Indian journal of veterinary science and animal husbandry - Volume 2,
Year: 1932
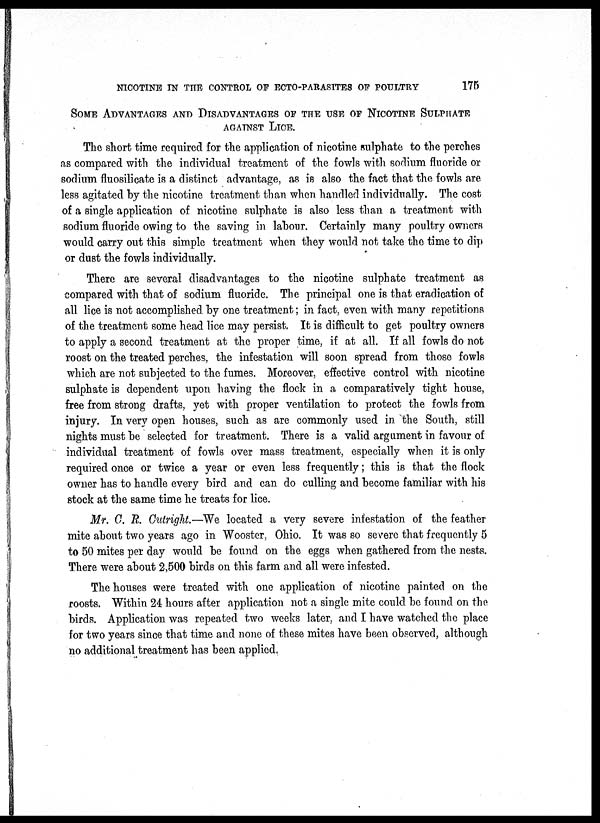
NICOTINE IN THE CONTROL OF ECTO-PARASITES OF POULTRY
175
SOME ADVANTGES AND DISADVANTAGES OF THE USE OF NICOTINE SULPHATE
AGAINST LICE.
The short time required for the application of nicotine sulphate to the perches
as compared with the individual treatment of the fowls with sodium fluoride or
sodium fluosilicate is a distinct advantage, as is also the fact that the fowls are
less agitated by the nicotine treatment than when handled individually. The cost
of a single application of nicotine sulphate is also less than a treatment with
sodium fluoride owing to the saving in labour. Certainly many poultry owners
would carry out this simple treatment when they would not take the time to dip
or dust the fowls individually.
There are several disadvantages to the nicotine sulphate treatment as
compared with that of sodium fluoride. The principal one is that eradication of
all lice is not accomplished, by one treatment; in fact, even with many repetitions
of the treatment some head lice may persist. It is difficult to get poultry owners
to apply a second treatment at the proper time, if at all. If all fowls do not
roost on the treated perches, the infestation will soon spread from those fowls
which are not subjected to the fumes. Moreover, effective control with nicotine
sulphate is dependent upon having the flock in a comparatively tight house,
free from strong drafts, yet with proper ventilation to protect the fowls from
injury. In very open houses, such as are commonly used in the South, still
nights must be selected for treatment. There is a valid argument in favour of
individual treatment of fowls over mass treatment, especially when it is only
required once or twice a year or even less frequently; this is that the flock
owner has to handle every bird and can do culling and become familiar with his
stock at the same time he treats for lice.
Mr. C. R. Cutright.—We located a very severe infestation of the feather
mite about two years ago in Wooster, Ohio. It was so severe that frequently 5
to 50 mites per day would be found on the eggs when gathered from the nests.
There were about 2,500 birds on this farm and all were infested.
The houses were treated with one application of nicotine painted on the
roosts. Within 24 hours after application not a single mite could be found on the
birds. Application was repeated two weeks later, and I have watched the place
for two years since that time and none of these mites have been observed, although
no additional treatment has been applied.